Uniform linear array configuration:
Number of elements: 16
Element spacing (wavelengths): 1
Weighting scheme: blackman
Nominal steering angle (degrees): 15
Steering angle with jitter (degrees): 13.519
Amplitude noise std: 0.05
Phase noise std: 0.05

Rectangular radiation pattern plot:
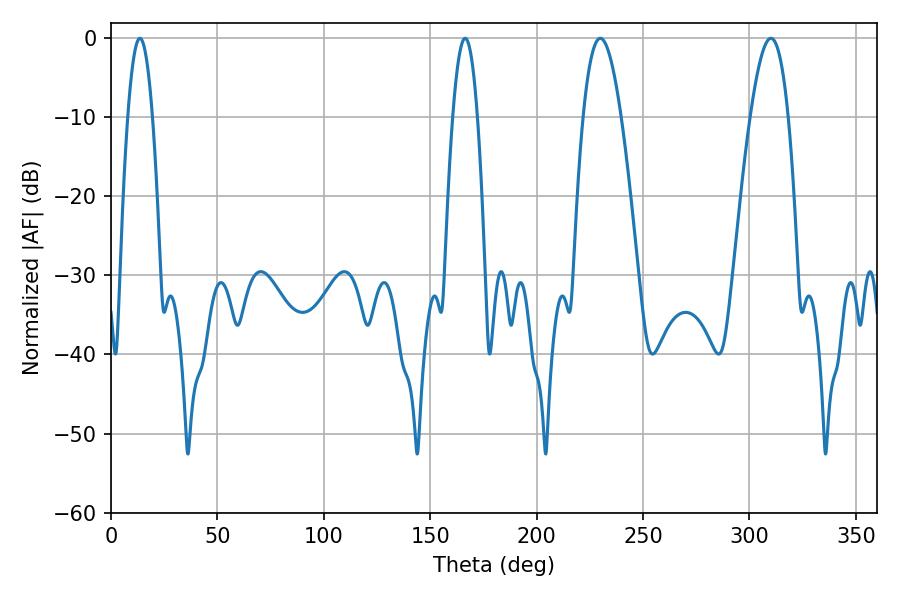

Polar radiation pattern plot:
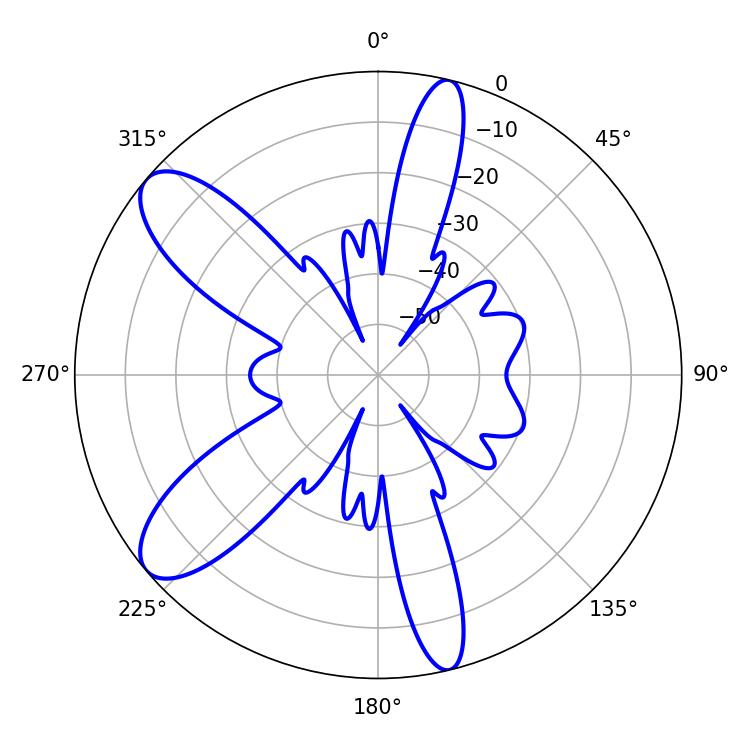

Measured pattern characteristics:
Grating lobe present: TRUE
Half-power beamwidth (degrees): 9.72
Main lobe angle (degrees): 229.86